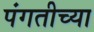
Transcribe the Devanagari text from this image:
पंगतीच्या